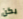
يكن